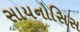
સાયનોસિસ